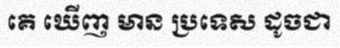
គេ ឃើញ មាន ប្រទេស ដូចជា